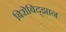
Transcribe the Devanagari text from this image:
बिरोबिद्झान